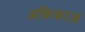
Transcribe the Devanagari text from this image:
अफ्रिकाज़